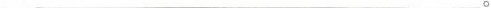
_ 。